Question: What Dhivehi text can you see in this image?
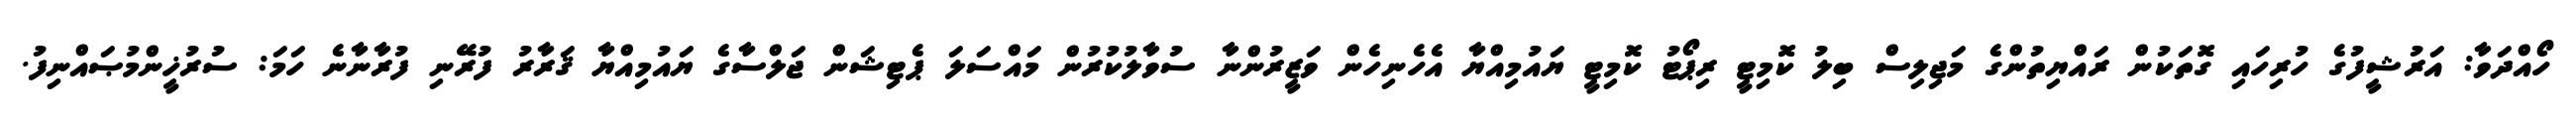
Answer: ހޯއްދަވާ: އަރުޝީފުގެ ހުރިހައި ގޮތަކުން ރައްޔިތުންގެ މަޖިލިސް ބިލު ކޮމިޓީ ރިޕޯޓު ކޮމިޓީ ޔައުމިއްޔާ އެހެނިހެން ވަޒީރުންނާ ސުވާލުކުރުން މައްސަލަ ޕެޓިޝަން ޖަލްސާގެ ޔައުމިއްޔާ ޤަރާރު ފުރޭނި ފުރާނާނެ ހަމަ: ސުރުޚީންމުޞައްނިފު.